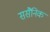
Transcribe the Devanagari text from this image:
ससैनिक